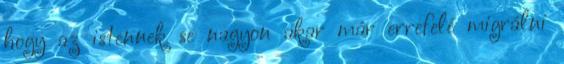
hogy az istennek se nagyon akar már errefelé migrálni